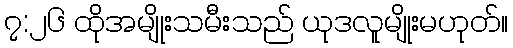
၇:၂၆ ထိုအမျိုးသမီးသည် ယုဒလူမျိုးမဟုတ်။